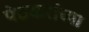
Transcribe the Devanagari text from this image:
पेठकरांच्या